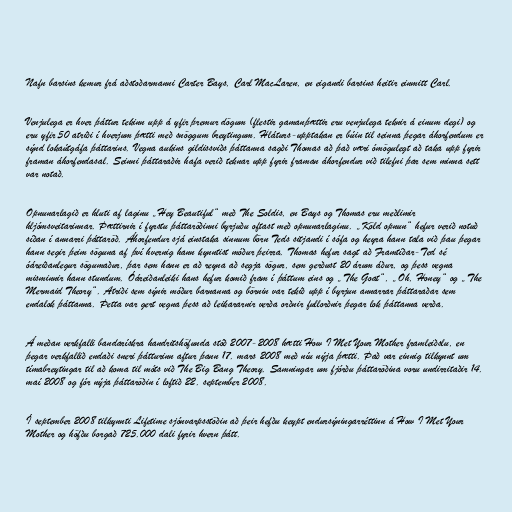
Nafn barsins kemur frá aðstoðarmanni Carter Bays, Carl MacLaren, en eigandi barsins heitir einmitt Carl.

Venjulega er hver þáttur tekinn upp á yfir þremur dögum (flestir gamanþættir eru venjulega teknir á einum degi) og
eru yfir 50 atriði í hverjum þætti með snöggum breytingum. Hláturs-upptakan er búin til seinna þegar áhorfendum er
sýnd lokaútgáfa þáttarins. Vegna aukins gildissviðs þáttanna sagði Thomas að það væri ómögulegt að taka upp fyrir
framan áhorfendasal. Seinni þáttaraðir hafa verið teknar upp fyrir framan áhorfendur við tilefni þar sem minna sett
var notað.

Opnunarlagið er hluti af laginu „Hey Beautiful“ með The Soldis, en Bays og Thomas eru meðlimir
hljómsveitarinnar. Þættirnir í fyrstu þáttaröðinni byrjuðu oftast með opnunarlaginu. „Köld opnun“ hefur verið notuð
síðan í annarri þáttaröð. Áhorfendur sjá einstaka sinnum börn Teds sitjandi í sófa og heyra hann tala við þau þegar
hann segir þeim söguna af því hvernig hann kynntist móður þeirra. Thomas hefur sagt að Framtíðar-Ted sé
óáreiðanlegur sögumaður, þar sem hann er að reyna að segja sögur, sem gerðust 20 árum áður, og þess vegna
misminnir hann stundum. Óáreiðanleiki hans hefur komið fram í þáttum eins og „The Goat“, „Oh, Honey“ og „The
Mermaid Theory“. Atriði sem sýnir móður barnanna og börnin var tekið upp í byrjun annarrar þáttaraðar sem
endalok þáttanna. Þetta var gert vegna þess að leikararnir verða orðnir fullorðnir þegar lok þáttanna verða.

Á meðan verkfalli bandarískra handritshöfunda stóð 2007-2008 hætti How I Met Your Mother framleiðslu, en
þegar verkfallið endaði sneri þátturinn aftur þann 17. mars 2008 með níu nýja þætti. Það var einnig tilkynnt um
tímabreytingar til að koma til móts við The Big Bang Theory. Samningar um fjórðu þáttaröðina voru undirritaðir 14.
maí 2008 og fór nýja þáttaröðin í loftið 22. september 2008.

Í september 2008 tilkynnti Lifetime sjónvarpsstöðin að þeir hefðu keypt endursýningarréttinn á How I Met Your
Mother og höfðu borgað 725.000 dali fyrir hvern þátt.